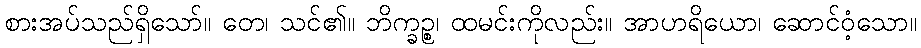
စားအပ်သည်ရှိသော်။ တေ၊ သင်၏။ ဘိက္ခဉ္စ၊ ထမင်းကိုလည်း။ အာဟရိယော၊ ဆောင်ဝံ့သော။